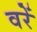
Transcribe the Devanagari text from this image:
वरें